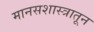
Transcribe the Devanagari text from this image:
मानसशास्त्रातून